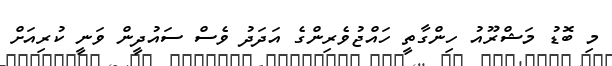
މި ބޮޑު މަޝްރޫއު ހިންގާތީ ހައްޖުވެރިންގެ އަދަދު ވެސް ސައުދީން ވަނީ ކުރިއަށް